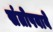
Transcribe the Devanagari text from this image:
संतोषवावे